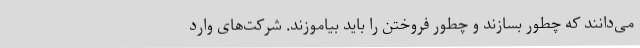
می‌دانند که چطور بسازند و چطور فروختن را باید بیاموزند. شرکت‌های وارد